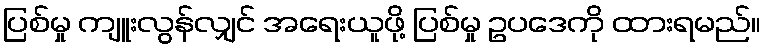
ပြစ်မှု ကျူးလွန်လျှင် အရေးယူဖို့ ပြစ်မှု ဥပဒေကို ထားရမည်။